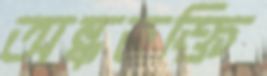
অন্ধভক্তি